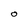
Character: O